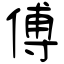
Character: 傅